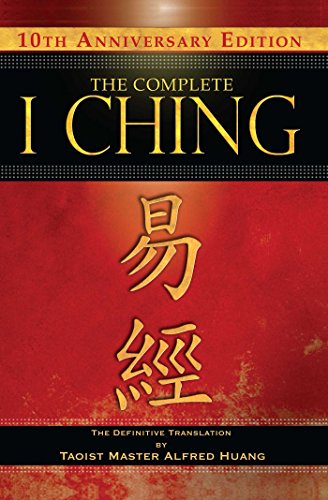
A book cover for The Complete I Ching  10th Anniversary Edition: The Definitive Translation by Taoist Master Alfred Huang; Taoist Master Alfred Huang; Religion & Spirituality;